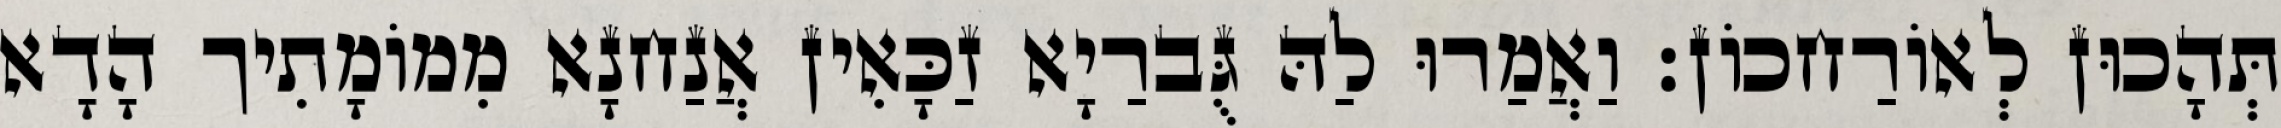
תְּהָכוּן לְאוֹרַחכוֹן׃ וַאֲמַרוּ לַהּ גֻּברַיָא זַכָּאִין אֲנַחנָא מִמוֹמָתִיך הָדָא